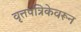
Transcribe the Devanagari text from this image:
वृत्तपत्रिकेवरून